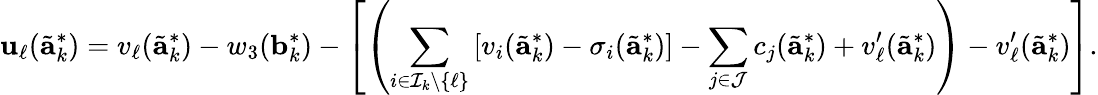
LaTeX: \mathbf{u}_{\ell}(\tilde{{\mathbf{{a}}}}_{k}^{*})=v_{\ell}(\tilde{{\mathbf{{a}}}}_{k}^{*})-w_{3}(\mathbf{{b}}_{k}^{*})-\left[\left(\sum_{i\in\mathcal{{I}}_{k}\setminus\{ \ell\} }\left[v_{i}(\tilde{{\mathbf{{a}}}}_{k}^{*})-\sigma_{i}(\tilde{{\mathbf{{a}}}}_{k}^{*})\right]-\sum_{j\in\mathcal{{J}}}c_{j}(\tilde{{\mathbf{{a}}}}_{k}^{*})+v_{\ell}^{\prime}(\tilde{{\mathbf{{a}}}}_{k}^{*})\right)-v_{\ell}^{\prime}(\tilde{{\mathbf{{a}}}}_{k}^{*})\right].